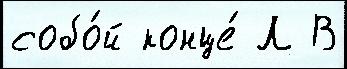
собо́й конце́ Л В